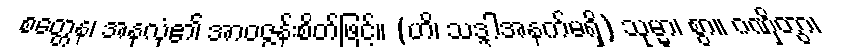
စတ္တေန၊ အနုလုံ၏ အာဝဇ္ဇန်းစိတ်ဖြင့်။ (ဟိ၊ သဒ္ဒါအနက်မရှိ) သုမ္မာ၊ စွာ။ ဂဏှိတွာ၊